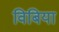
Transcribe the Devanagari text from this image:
विबिया